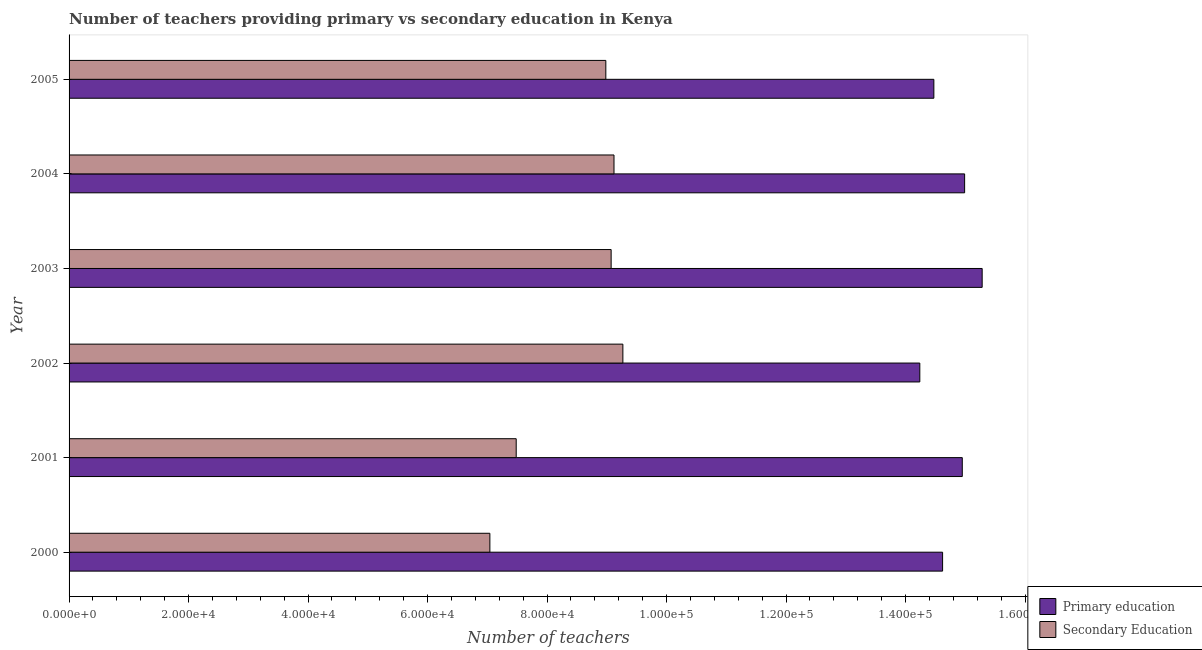
| Year | Primary education | Secondary Education |
 | --- | --- | --- |
 | 2000 | 1.46e+05 | 7.04e+04 |
 | 2001 | 1.5e+05 | 7.48e+04 |
 | 2002 | 1.42e+05 | 9.27e+04 |
 | 2003 | 1.53e+05 | 9.07e+04 |
 | 2004 | 1.5e+05 | 9.12e+04 |
 | 2005 | 1.45e+05 | 8.98e+04 |